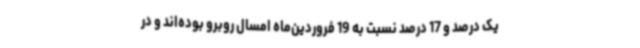
یک درصد و 17 درصد نسبت به 19 فروردین‌ماه امسال روبرو بوده‌اند و در